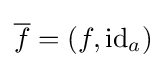
{\overline {f}}=(f,\operatorname {id} _{a})